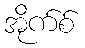
အိုက်စ်